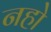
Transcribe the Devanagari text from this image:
नहो